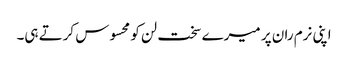
اپنی نرم ران پر میرے سخت لن کو محسوس کرتے ہی۔